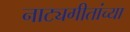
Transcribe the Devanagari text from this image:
नाट्यगीतांच्या